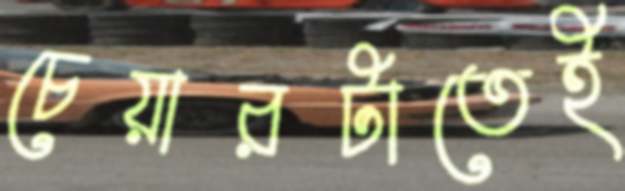
চেয়ারটাতেই